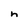
Character: h